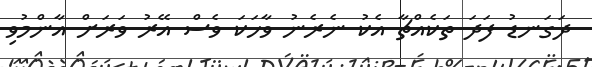
ދަގަނޑު ފަދަ ތަކެއްޗާ އެކު ނެރެނު ވާހަކަ ވެސް އޭރު ވަރަށް އާންމުވި